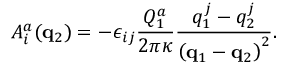
A _ { i } ^ { a } ( { \bf q } _ { 2 } ) = - \epsilon _ { i j } \frac { Q _ { 1 } ^ { a } } { 2 \pi \kappa } \frac { q _ { 1 } ^ { j } - q _ { 2 } ^ { j } } { \left( { \bf q } _ { 1 } - { \bf q } _ { 2 } \right) ^ { 2 } } .